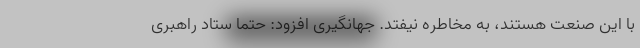
با این صنعت هستند، به مخاطره نیفتد. جهانگیری افزود: حتماً ستاد راهبری